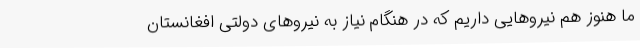
ما هنوز هم نیروهایی داریم که در هنگام نیاز به نیروهای دولتی افغانستان